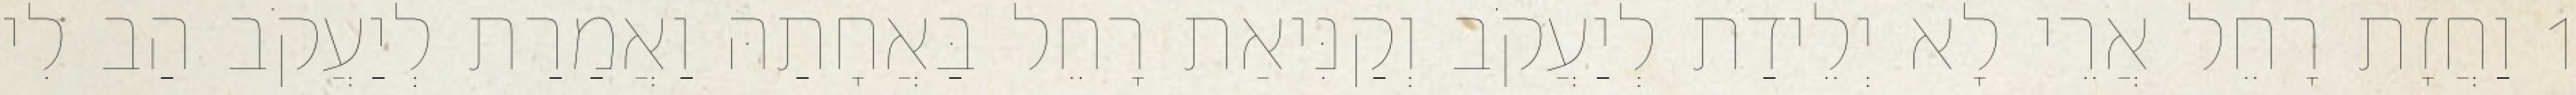
1 וַחֲזָת רָחֵל אֲרֵי לָא יְלֵידַת לְיַעֲקֹב וְקַנִּיאַת רָחֵל בַּאֲחָתַהּ וַאֲמַרַת לְיַעֲקֹב הַב לִי